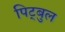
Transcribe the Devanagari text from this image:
पिट्बुल